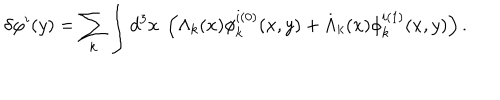
\delta \varphi ^ { i } ( y ) = \sum _ { k } \int d ^ { 3 } x \ \left( \Lambda _ { k } ( x ) \phi _ { k } ^ { i ( 0 ) } ( x , y ) + \dot { \Lambda } _ { k } ( x ) \phi _ { k } ^ { i ( 1 ) } ( x , y ) \right) .